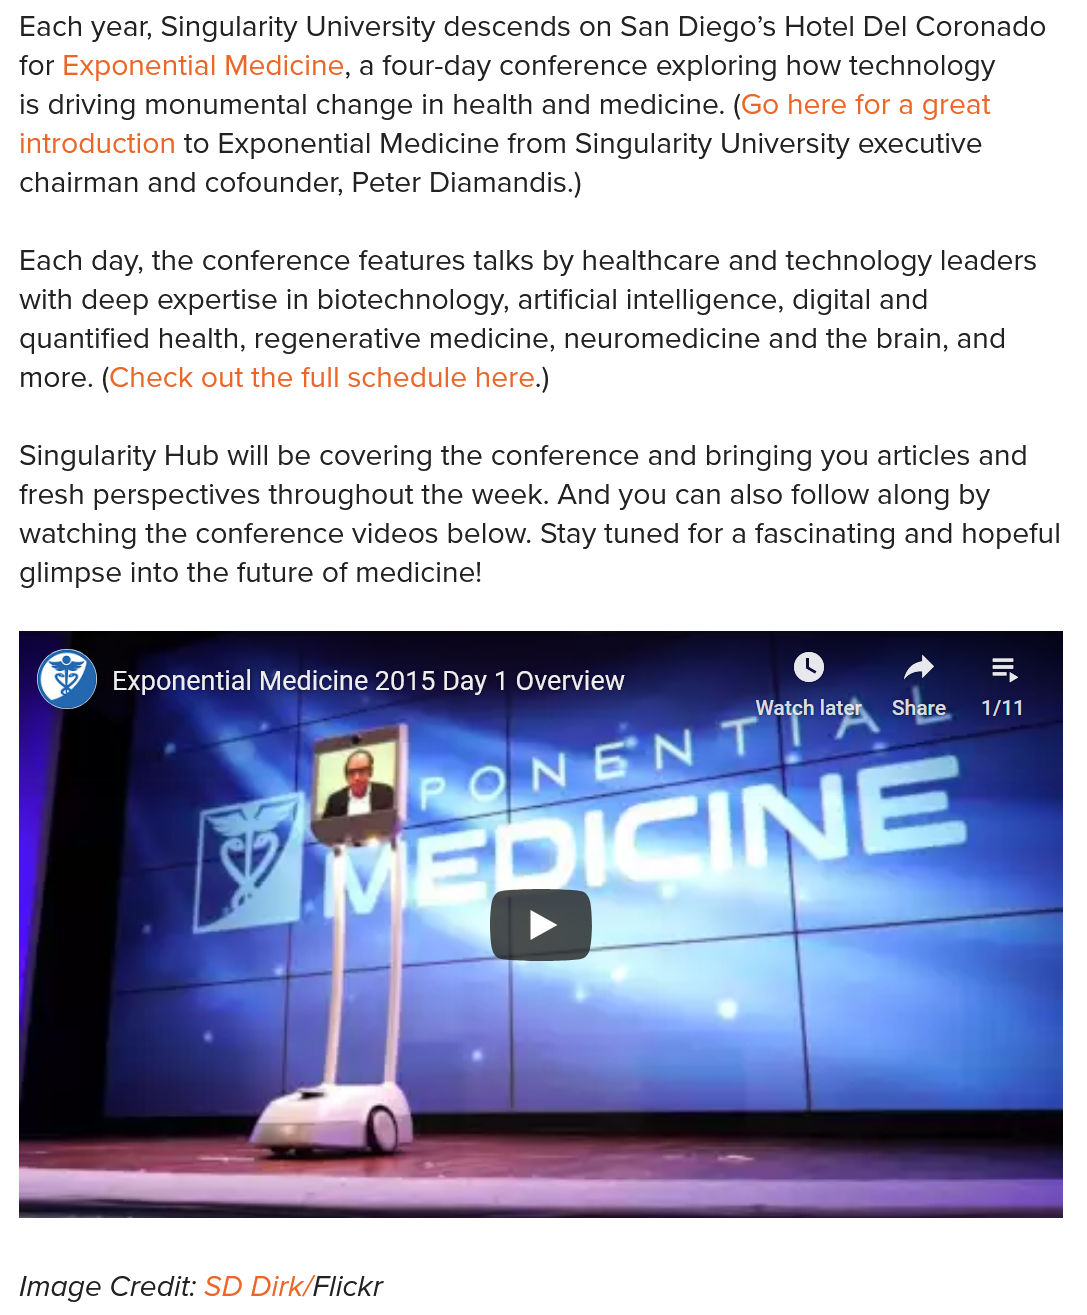
Each year, Singularity University descends on San Diego’s Hotel Del Coronado
  for Exponential Medicine, a four-day conference exploring how technology
  is driving monumental change in health and medicine. (Go here for a great
  introduction to Exponential Medicine from Singularity University executive
  chairman and cofounder, Peter Diamandis.)
  Each day, the conference features talks by healthcare and technology leaders
  with deep expertise in biotechnology, artificial intelligence, digital and
  quantified health, regenerative medicine, neuromedicine and the brain, and
  more. (Check out the full schedule here.)
  Singularity Hub will be covering the conference and bringing you articles and
  fresh perspectives throughout the week. And you can also follow along by
  watching the conference videos below. Stay tuned for a fascinating and hopeful
  glimpse into the future of medicine!
     Exponential Medicine 2015 Day 1 Overview    a
     A
     EVM.    Share. avn
  Image Credit: SD Dirk/Flickr